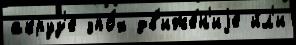
акруз'е эпо́х дв'иже́н'иjе и́л'и